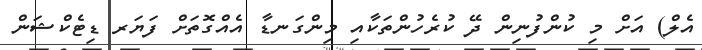
އެލް) އަށް މި ކުންފުނިން ދޭ ކުރެހުންތަކާއި މިންގަނޑާ އެއްގޮތަށް ފަޔަރ ޑިޓެކްޝަން